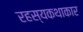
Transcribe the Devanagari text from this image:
रहस्यकथाकार